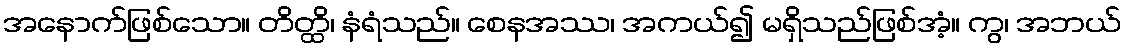
အနောက်ဖြစ်သော။ တိတ္ထိ၊ နံရံသည်။ စေနအဿ၊ အကယ်၍ မရှိသည်ဖြစ်အံ့။ ကွ၊ အဘယ်